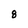
Character: 8